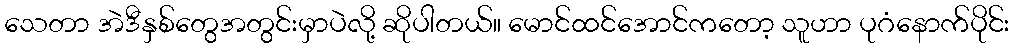
သေတာ အဲဒီနှစ်တွေအတွင်းမှာပဲလို့ ဆိုပါတယ်။ မောင်ထင်အောင်ကတော့ သူဟာ ပုဂံနောက်ပိုင်း